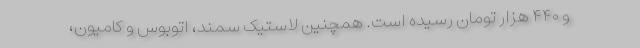
و ۴۴۰ هزار تومان رسیده است. همچنین لاستیک سمند، اتوبوس و کامیون،